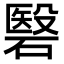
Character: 䃜